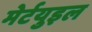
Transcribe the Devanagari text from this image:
मेर्टयुइल